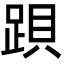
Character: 䟺